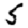
Digit: 5